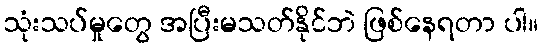
သုံးသပ်မှုတွေ အပြီးမသတ်နိုင်ဘဲ ဖြစ်နေရတာ ပါ။